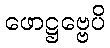
ဖောဋ္ဌဗ္ဗေပိ